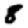
Digit: 8